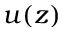
u ( z )